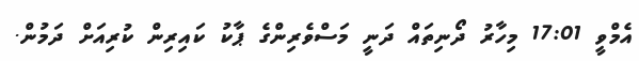
އެމްވީ 17:01 މިހާރު ދޯނިތައް ދަނީ މަސްވެރިންގެ ޕާކު ކައިރިން ކުރިއަށް ދަމުން.